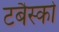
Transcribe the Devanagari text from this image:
टबैस्को